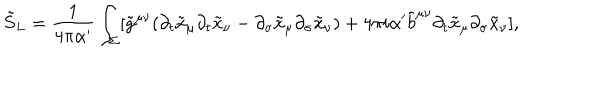
LaTeX: \tilde { S } _ { L } = \frac { 1 } { 4 \pi \alpha ^ { \prime } } \int _ { \Sigma } [ \tilde { g } ^ { \mu \nu } ( \partial _ { t } \tilde { x } _ { \mu } \partial _ { t } \tilde { x } _ { \nu } - \partial _ { \sigma } \tilde { x } _ { \mu } \partial _ { \sigma } \tilde { x } _ { \nu } ) + 4 \pi i \alpha ^ { \prime } \tilde { b } ^ { \mu \nu } \partial _ { t } \tilde { x } _ { \mu } \partial _ { \sigma } \tilde { x } _ { \nu } ] ,